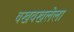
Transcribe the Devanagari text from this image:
वखवखलेला